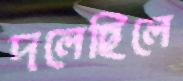
দলেছিলে